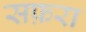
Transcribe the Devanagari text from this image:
सफ़रा